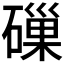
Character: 𥕘